Annual report on the working of the lock hospitals in the Central Provinces
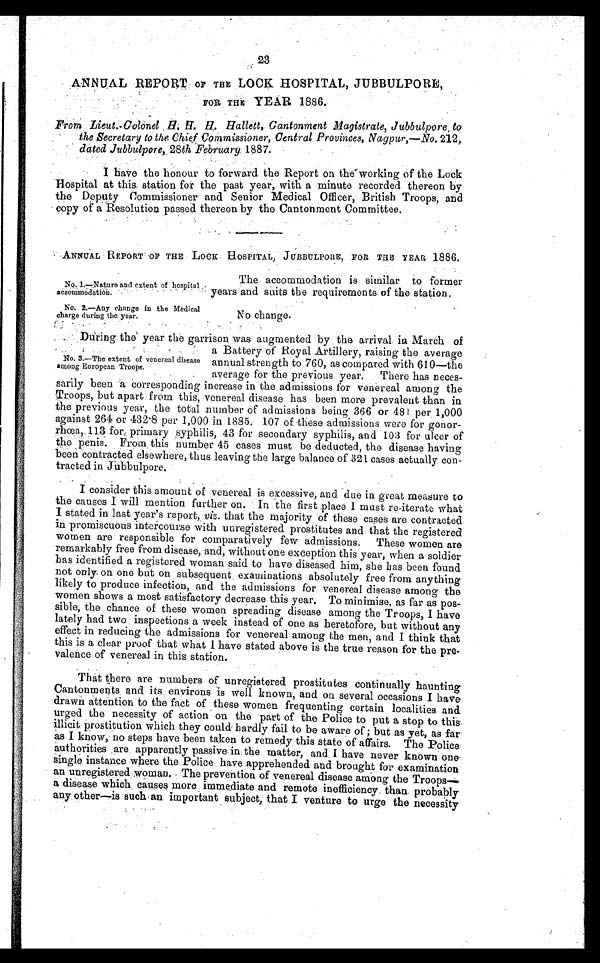
No. 1.—Nature and extent of hospital
accommodation.
No. 2.—Any change in the Medical
charge during the year.
23
ANNUAL REPORT OF THE LOCK HOSPITAL, JUBBULPORE,
FOR THE YEAR 1886.
From Lieut.-Colonel H. H. H. Hallett, Cantonment Magistrate, Jubbulpore, to
the Secretary to the Chief Commissioner, Central Provinces, Nagpur,—No. 212,
dated Jubbulpore, 28th February 1887.
I have the honour to forward the Report on the working of the Lock
Hospital at this station for the past year, with a minute recorded thereon by
the Deputy Commissioner and. Senior Medical Officer, British Troops, and
copy of a Resolution passed thereon by the Cantonment Committee.
ANNUAL REPORT OF THE LOCK HOSPITAL, JUBBULPORE, FOR THE YEAR 1886.
The accommodation is similar to former
years and suits the requirements of the station.
No change.
During the year the garrison was augmented by the arrival. in March of
a Battery of Royal Artillery, raising the average
annual strength to 760, as compared with 610—the
average for the previous year. There has neces
sarily been a corresponding increase in the admissions for venereal among the
Troops, but apart from this, venereal disease has been more prevalent than in
the previous year, the total number of admissions being 366 or 481 per . 1,000
against 264 or 432 . 8 per 1,000 in 1885. 107. of these admissions were for gonor
rhœa, 113 for: primary syphilis, 43 for secondary syphilis, and 103 for ulcer of
the penis. From this number cases must be deducted, the disease having
been contracted elsewhere, thus leaving the large balance of 321 cases actually. con
tracted in Jubbulpore.
I consider this amount of venereal is excessive, and due in great measure to
the causes I will mention further on. In the first place I must re-iterate what
I stated in last year's report, viz . that the majority of these cases are contracted
in promiscuous intercourse with unregistered prostitutes and that the registered
women are responsible for comparatively few admissions. These women are
remarkably free from disease, and, without one exception this year, when a soldier
has identified a registered woman said to have diseased him, she has been found
not only on one but on subsequent examinations absolutely free from anything
likely to produce infection, and the admissions for venereal disease among the
women shows a most satisfactory decrease this year. To minimise, as far as pos
sible, the chance of these women spreading disease among the Troops, I have
lately had two inspections a week instead of one as heretofore, but without any
effect in reducing the admissions for venereal among the men, and I think that
this is a clear proof that what I have stated above is the true reason for the pre
valence of venereal in this station.
That there are numbers of unregistered prostitutes continually haunting
Cantonments and its , environs is well known, and on several occasions I have
d r a wn a t t e n t i o n t o t h e f a c t o f t h e s e wo me n f r e q u e n t i n g c e r t a i n l o c a l i t i e s a n d
urged the necessity of action on the part of the Police to put a stop to this
illicit prostitution which they could hardly fail to be aware of; but as yet, as far
as I know, no steps have been taken to remedy this state of affairs. The Police
authorities are apparently .passive in the matter, and I have never known one'
instance where the Police have apprehended and brought , for examination
an unregistered woman. The prevention of venereal disease among the Troops
— a d i s e a s e w h i c h
. c a u s e s m o r e i m m e d i a t e a n d r e m o t e i n e f f i c i e n c y t h a n . p r o b a b l y
any . other—is such an important subject, that I venture to urge the necessity
No. 3.—The extent of venereal disease
among European Troops.